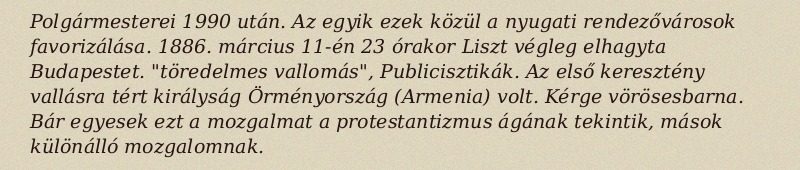
Polgármesterei 1990 után. Az egyik ezek közül a nyugati rendezővárosok favorizálása. 1886. március 11-én 23 órakor Liszt végleg elhagyta Budapestet. "töredelmes vallomás", Publicisztikák. Az első keresztény vallásra tért királyság Örményország (Armenia) volt. Kérge vörösesbarna. Bár egyesek ezt a mozgalmat a protestantizmus ágának tekintik, mások különálló mozgalomnak.